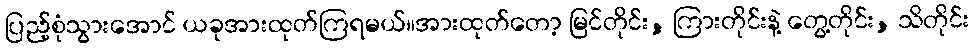
ပြည့်စုံသွားအောင် ယခုအားထုတ်ကြရမယ်။အားထုတ်တော့ မြင်တိုင်း, ကြားတိုင်းနဲ့ တွေ့တိုင်း, သိတိုင်း